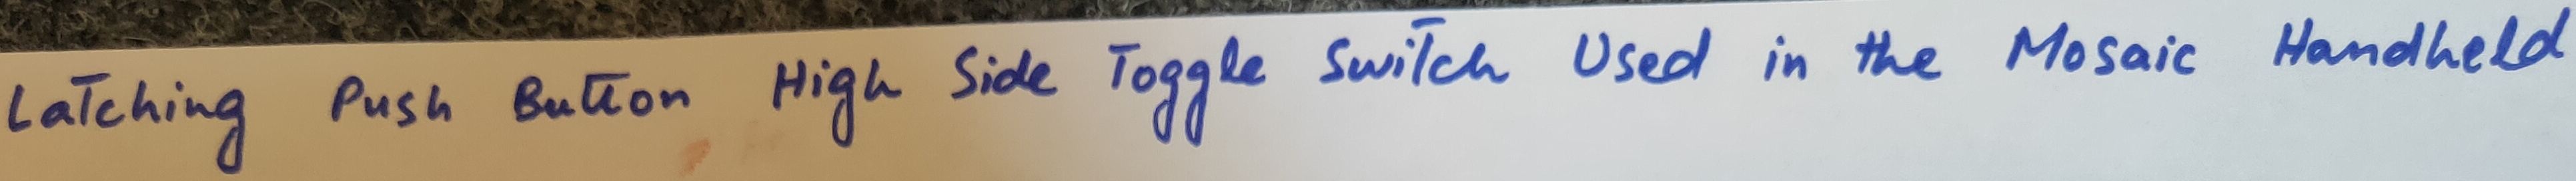
Text: Latching Push Button High Side Toggle Switch Used in the Mosaic Handheld